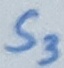
Text: S3